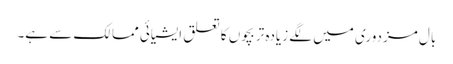
بال مزدوری میں لگے زیادہ تر بچوں کا تعلق ایشیائی ممالک سے ہے۔